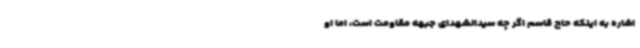
اشاره به اینکه حاج قاسم اگر چه سیدالشهدای جبهه مقاومت است، اما او